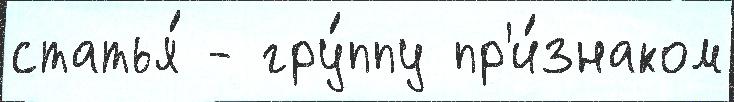
статья́ - гру́ппу пр'и́знаком